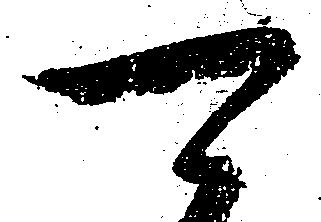
可